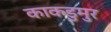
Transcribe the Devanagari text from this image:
काकडुमुर